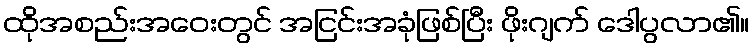
ထိုအစည်းအဝေးတွင် အငြင်းအခုံဖြစ်ပြီး ဖိုးဂျက် ဒေါပွလာ၏။